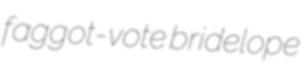
faggot-vote bridelope